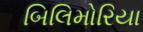
બિલિમોરિયા